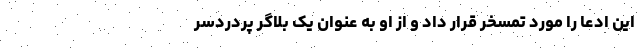
این ادعا را مورد تمسخر قرار داد و از او به عنوان یک بلاگر پر‌دردسر